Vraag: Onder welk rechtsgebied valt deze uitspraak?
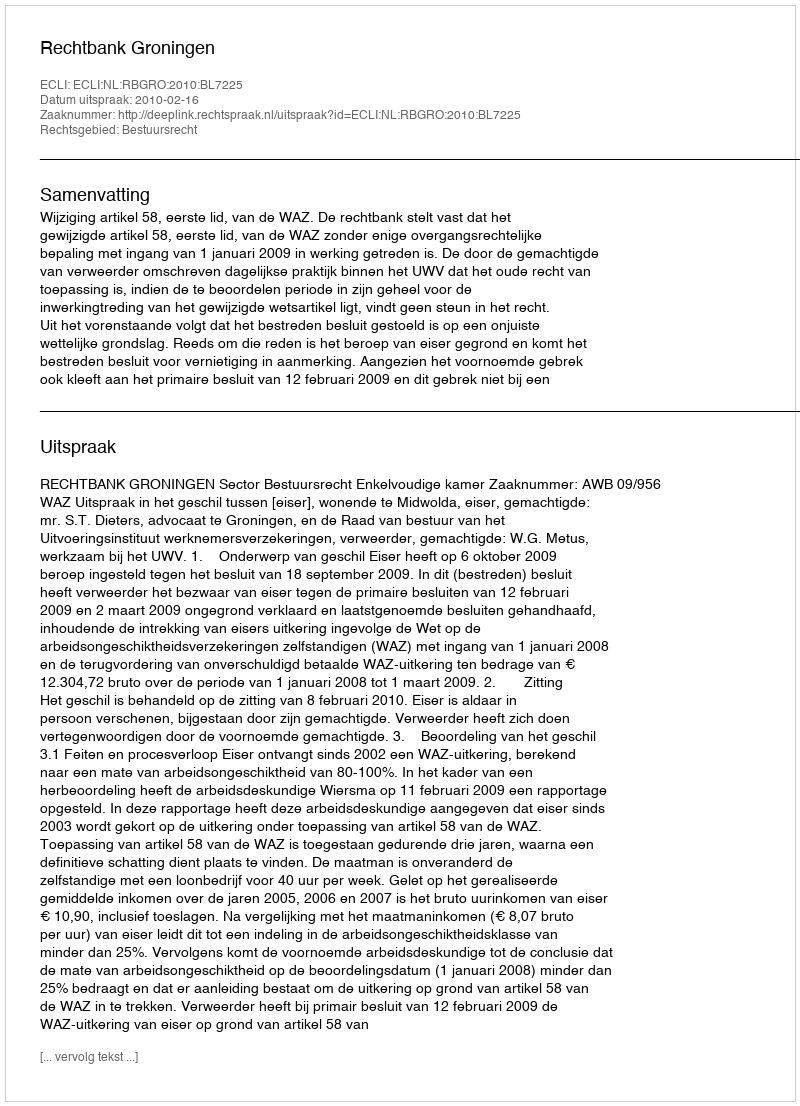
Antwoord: Bestuursrecht